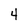
Character: 4